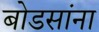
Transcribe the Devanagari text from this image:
बोडसांना